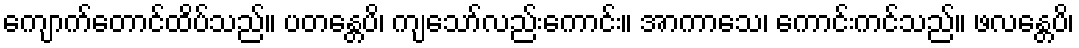
ကျောက်တောင်ထိပ်သည်။ ပတန္တေပိ၊ ကျသော်လည်းကောင်း။ အာကာသေ၊ ကောင်းကင်သည်။ ဖလန္တေပိ၊